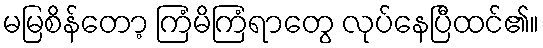
မမြစိန်တော့ ကြံမိကြံရာတွေ လုပ်နေပြီထင်၏။